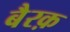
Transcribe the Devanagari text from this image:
बैरक़